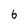
Character: 6